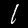
Digit: 1